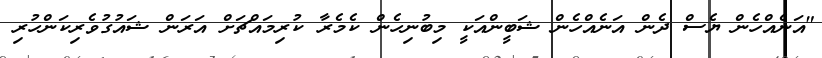
"އަނެއްހެން ޔެސް ދެން އަނެއްހެން ޝަބީންއަކީ މިބުނިހެން ކެމެރާ ކުރިމައްޗަށް އަރަން ޝައުގުވެރިކަންހުރި